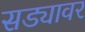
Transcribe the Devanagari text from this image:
सड्यावर